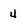
Character: 4